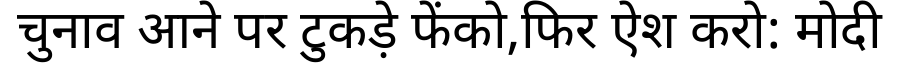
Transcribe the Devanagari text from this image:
चुनाव आने पर टुकड़े फेंको,फिर ऐश करो: मोदी